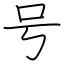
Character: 号